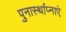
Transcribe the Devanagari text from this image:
पुनार्स्थाप्नाएं